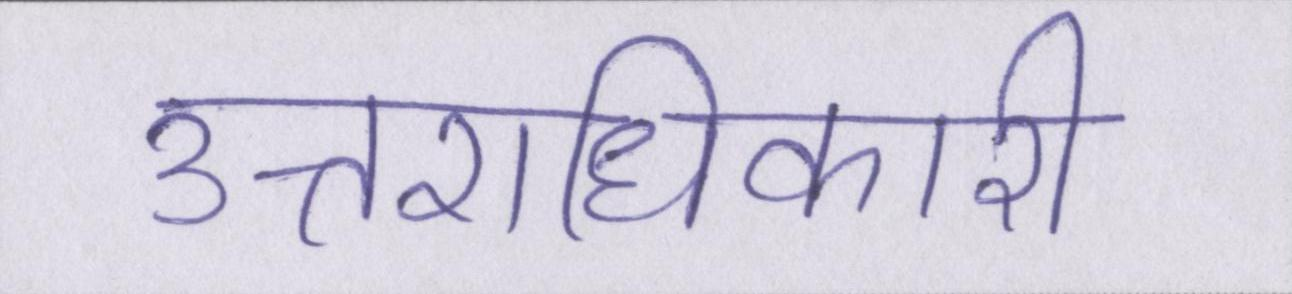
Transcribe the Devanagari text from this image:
उत्तराधिकारी